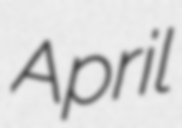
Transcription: April